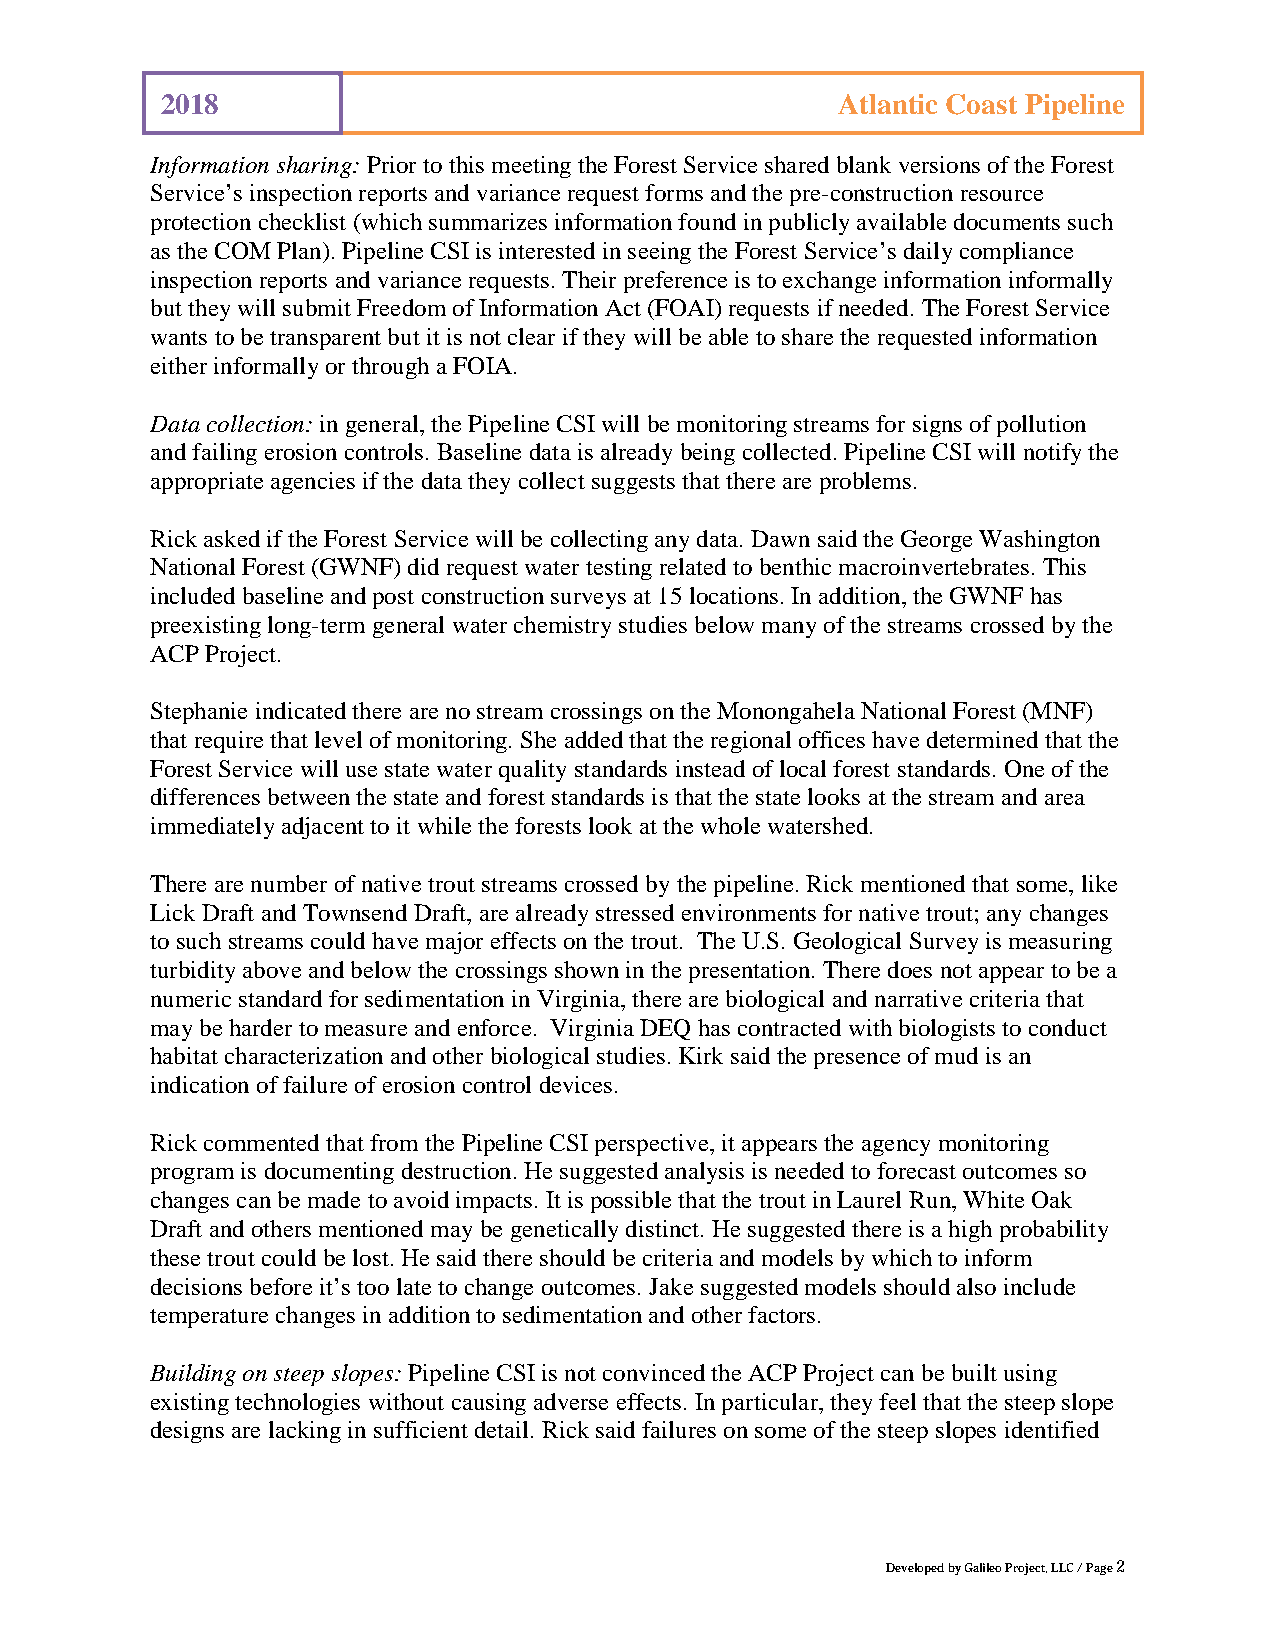
2018                                        Atlantic Coast Pipeline
 Information sharing: Prior to this meeting the Forest Service shared blank versions of the Forest
 Service’s inspection reports and variance request forms and the pre-construction resource
 protection checklist (which summarizes information found in publicly available documents such
 as the COM Plan). Pipeline CSI is interested in seeing the Forest Service’s daily compliance
 inspection reports and variance requests. Their preference is to exchange information informally
 but they will submit Freedom of Information Act (FOAI) requests if needed. The Forest Service
 wants to be transparent but it is not clear if they will be able to share the requested information
 either informally or through a FOIA.
 Data collection: in general, the Pipeline CSI will be monitoring streams for signs of pollution
 and failing erosion controls. Baseline data is already being collected. Pipeline CSI will notify the
 appropriate agencies if the data they collect suggests that there are problems.
 Rick asked if the Forest Service will be collecting any data. Dawn said the George Washington
 National Forest (GWNF) did request water testing related to benthic macroinvertebrates. This
 included baseline and post construction surveys at 15 locations. In addition, the GWNF has
 preexisting long-term general water chemistry studies below many of the streams crossed by the
 ACP Project.
 Stephanie indicated there are no stream crossings on the Monongahela National Forest (MNF)
 that require that level of monitoring. She added that the regional offices have determined that the
 Forest Service will use state water quality standards instead of local forest standards. One of the
 differences between the state and forest standards is that the state looks at the stream and area
 immediately adjacent to it while the forests look at the whole watershed.
 There are number of native trout streams crossed by the pipeline. Rick mentioned that some, like
 Lick Draft and Townsend Draft, are already stressed environments for native trout; any changes
 to such streams could have major effects on the trout. The U.S. Geological Survey is measuring
 turbidity above and below the crossings shown in the presentation. There does not appear to be a
 numeric standard for sedimentation in Virginia, there are biological and narrative criteria that
 may be harder to measure and enforce. Virginia DEQ has contracted with biologists to conduct
 habitat characterization and other biological studies. Kirk said the presence of mud is an
 indication of failure of erosion control devices.
 Rick commented that from the Pipeline CSI perspective, it appears the agency monitoring
 program is documenting destruction. He suggested analysis is needed to forecast outcomes so
 changes can be made to avoid impacts. It is possible that the trout in Laurel Run, White Oak
 Draft and others mentioned may be genetically distinct. He suggested there is a high probability
 these trout could be lost. He said there should be criteria and models by which to inform
 decisions before it’s too late to change outcomes. Jake suggested models should also include
 temperature changes in addition to sedimentation and other factors.
 Building on steep slopes: Pipeline CSI is not convinced the ACP Project can be built using
 existing technologies without causing adverse effects. In particular, they feel that the steep slope
 designs are lacking in sufficient detail. Rick said failures on some of the steep slopes identified
 Developed by Galileo Project, LLC / Page 2